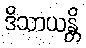
ဒိသာယန္တိ